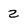
Character: 2